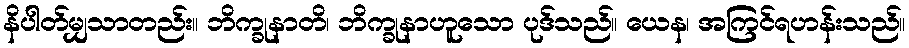
နိပါတ်မျှသာတည်း။ ဘိက္ခုနာတိ၊ ဘိက္ခုနာဟူသော ပုဒ်သည်။ ယေန၊ အကြင်ရဟန်းသည်။